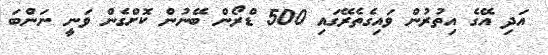
އަދި އޭގެ އިތުރުން ވައިގެތެރޭގައި 500 ޑްރޯން ބޭނުން ކޮށްގެން ވަނީ ނަންބަ